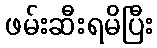
ဖမ်းဆီးရမိပြီး